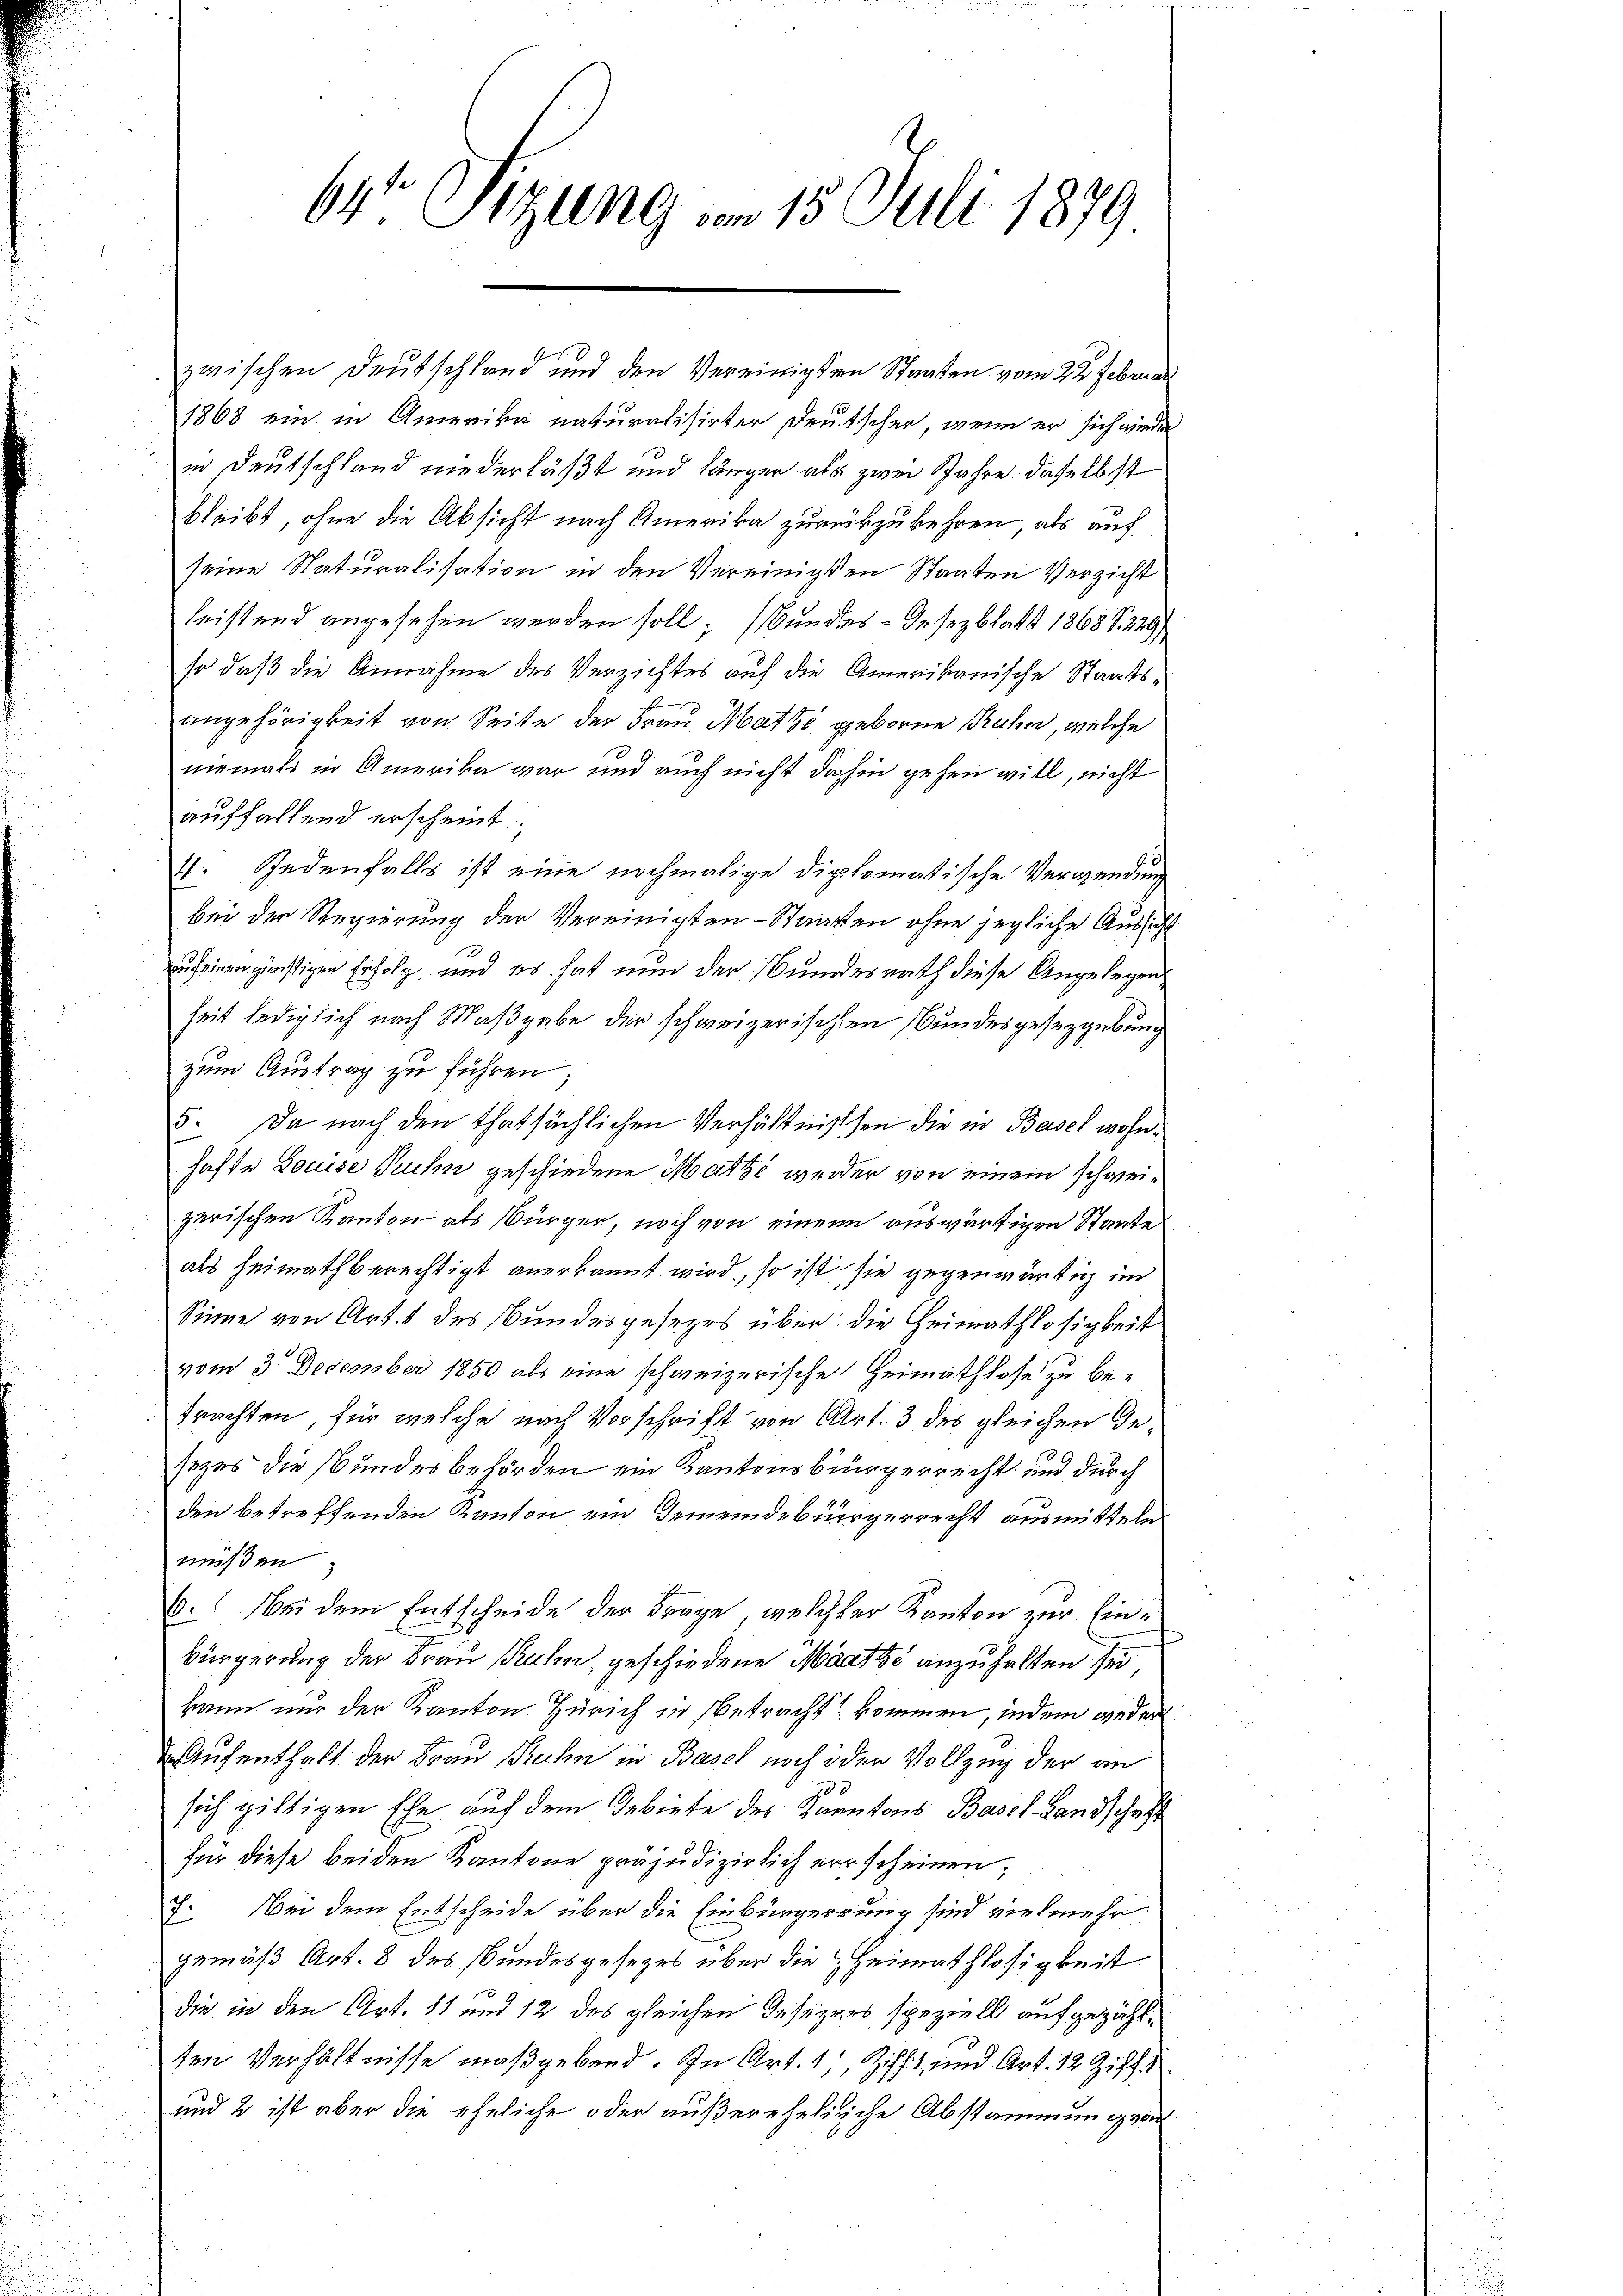
64 Sizung u. 15. Juli 1879

1868 ein in Amerika naturalisirter Deutscher, wenn er sich wieder
in Deutschland niederläßt und länger als zwei Jahre, daselbst
bleibt, ohne die Absicht nach Amerika zurückzukehren, als auf
seine Naturalisation in den Vereinigten Staaten Verzicht
leistend angesehen werden soll; (Bundes Gesezblatt 1868 S. 229/
so daß die Annahme des Verzichtes auf die Amerikanische Staatsangehörigkeit von Seite der Frau Matte geborne Prahn, welche
niemals in Amerika war und auch nicht dahin gehen will, nicht
auffallend erscheint;
4. Redenfalls ist eine nochmalige diplomatische Verwendung
bei der Regierung der Vereinigten - Staatten ohne jegliche Aussicht
zuseinen günstigen Erfolg, und es hat nun der Bundesrath diese Angelegenheit lediglich nach Maßgabe der schweizerischen Bundesgesetzgebung
zum Austrag zu führen;
5. Da nach den thatsächlichen Verhältnissen die in Basel wohnhafte Louise Ruhn geschiedene Matze werden von einem schweizerischen Kanton als Bürger, noch von einen auswärtigen Staate
als heimathberechtigt anerkannt wird, so ist sie gegenwärtig im
Sinne von Art. 1 des Bundesgesezes über: die Heimathlosigkeit
vom 3. December 1850 als eine schweizerische Heimathlose zu betrachten, für welche nach Vorschrift von Art. 3 des gleichen Gesezes die Bundesbehörden ein Kantonsbürgerrecht und durch
den betreffenden Kanton, ein Gemeindebürgerrecht ausmitteln
müßen
6. Bei dem Entscheide der Frage, welcher Kanton zur Ein¬
Bürgerung der Frau Ruhn, geschiedene Maatze anzuhalten sei,
kann nur der Kanton Zürich in Betracht kommen, indem weder
 Aufenthalt der Frau Ruhn in Basel noch oder Vollzug der an
sich giltigen Ehe auf dem Gebiete des Kantons Basel-Landschaft
für diese beiden Kantone präjudizierlich errscheinen,
7. Bei dem Entscheide über die Einbürgerrung sind vielmehr
gemäß Art. 8 des Bundesgesezes über die Heimathlosigkeit
die in den Art. 81 und 12 des gleichen Gesezens speziell aufgezählden Verhältnisse maßgebend. In Art. 1, Ziff. und Art. 12 Ziff. 1
und 2 ist aber die eheliche oder außerehelische Abstammung von

zwischen Deutschland und den Vereinigten Staaten vom 22. Februar